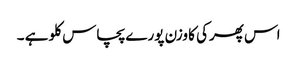
اس پھرکی کا وزن پورے پچاس کلو ہے ۔